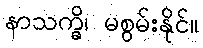
နာသက္ခိ၊ မစွမ်းနိုင်။